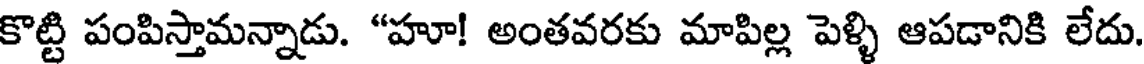
కొట్టి పంపిస్తామన్నాడు. "హూ! అంతవరకు మాపిల్ల పెళ్ళి ఆపడానికి లేదు.